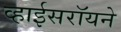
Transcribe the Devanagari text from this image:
व्हाईसरॉयने